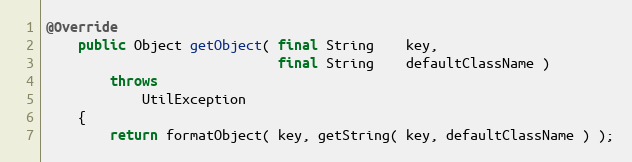
Language: Java
@Override
    public Object getObject( final String    key,
                             final String    defaultClassName )
        throws
            UtilException
    {
        return formatObject( key, getString( key, defaultClassName ) );